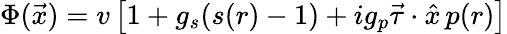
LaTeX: \Phi(\vec{x})=v\left[1+g_{s}(s(r)-1)+ig_{p}\vec{\tau}\cdot\hat{x}\, p(r)\right]